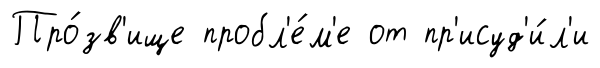
Про́зв'ище пробл'е́м'е от пр'исуд'и́л'и